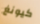
كيونغ